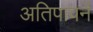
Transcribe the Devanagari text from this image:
अतिपावनें